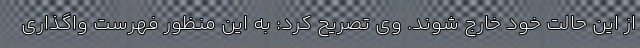
از این حالت خود خارج شوند. وی تصریح کرد: به این منظور فهرست واگذاری